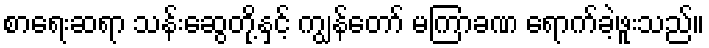
စာရေးဆရာ သန်းဆွေတို့နှင့် ကျွန်တော် မကြာခဏ ရောက်ခဲ့ဖူးသည်။